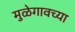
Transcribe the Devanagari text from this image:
मुळेगावच्या